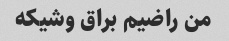
من راضیم براق وشیکه